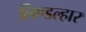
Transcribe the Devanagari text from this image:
लिण्डल्हार